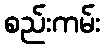
စည်းကမ်း